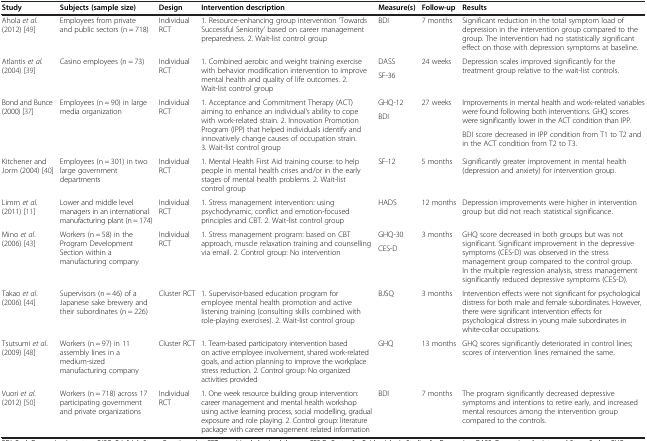
<table><thead><tr><td><b>Study</b></td><td><b>Subjects (sample size)</b></td><td><b>Design</b></td><td><b>Intervention description</b></td><td><b>Measure(s)</b></td><td><b>Follow-up</b></td><td><b>Results</b></td></tr></thead><tbody><tr><td>Ahola <i>et al.</i> (2012) [49]</td><td>Employees from private and public sectors (n = 718)</td><td>Individual RCT</td><td>1. Resource-enhancing group intervention ‘Towards Successful Seniority’ based on career management preparedness. 2. Wait-list control group</td><td>BDI</td><td>7 months</td><td>Significant reduction in the total symptom load of depression in the intervention group compared to the group. The intervention had no statistically significant effect on those with depression symptoms at baseline.</td></tr><tr><td rowspan="2">Atlantis <i>et al.</i> (2004) [39]</td><td rowspan="2">Casino employees (n = 73)</td><td rowspan="2">Individual RCT</td><td rowspan="2">1. Combined aerobic and weight training exercise with behavior modification intervention to improve mental health and quality of life outcomes. 2. Wait-list control group</td><td>DASS</td><td rowspan="2">24 weeks</td><td rowspan="2">Depression scales improved significantly for the treatment group relative to the wait-list controls.</td></tr><tr><td>SF-36</td></tr><tr><td rowspan="3">Bond and Bunce (2000) [37]</td><td rowspan="3">Employees (n = 90) in large media organization</td><td rowspan="3">Individual RCT</td><td rowspan="3">1. Acceptance and Commitment Therapy (ACT) aiming to enhance an individual’s ability to cope with work-related strain. 2. Innovation Promotion Program (IPP) that helped individuals identify and innovatively change causes of occupation strain. 3. Wait-list control group</td><td>GHQ-12</td><td rowspan="3">27 weeks</td><td rowspan="2">Improvements in mental health and work-related variables were found following both interventions. GHQ scores were significantly lower in the ACT condition than IPP.</td></tr><tr><td rowspan="2">BDI</td></tr><tr><td>BDI score decreased in IPP condition from T1 to T2 and in the ACT condition from T2 to T3.</td></tr><tr><td>Kitchener and Jorm (2004) [40]</td><td>Employees (n = 301) in two large government departments</td><td>Individual RCT</td><td>1. Mental Health First Aid training course: to help people in mental health crises and/or in the early stages of mental health problems. 2. Wait-list control group</td><td>SF-12</td><td>5 months</td><td>Significantly greater improvement in mental health (depression and anxiety) for intervention group.</td></tr><tr><td>Limm <i>et al</i>. (2011) [11]</td><td>Lower and middle level managers in an international manufacturing plant (n = 174)</td><td>Individual RCT</td><td>1. Stress management intervention: using psychodynamic, conflict and emotion-focused principles and CBT. 2. Wait-list control group</td><td>HADS</td><td>12 months</td><td>Depression improvements were higher in intervention group but did not reach statistical significance.</td></tr><tr><td rowspan="2">Mino <i>et al</i>. (2006) [43]</td><td rowspan="2">Workers (n = 58) in the Program Development Section within a manufacturing company</td><td rowspan="2">Individual RCT</td><td rowspan="2">1. Stress management program: based on CBT approach, muscle relaxation training and counselling via email. 2. Control group: No intervention</td><td>GHQ-30</td><td rowspan="2">3 months</td><td rowspan="2">GHQ score decreased in both groups but was not significant. Significant improvement in the depressive symptoms (CES-D) was observed in the stress management group compared to the control group. In the multiple regression analysis, stress management significantly reduced depressive symptoms (CES-D).</td></tr><tr><td>CES-D</td></tr><tr><td>Takao <i>et al</i>. (2006) [44]</td><td>Supervisors (n = 46) of a Japanese sake brewery and their subordinates (n = 226)</td><td>Cluster RCT</td><td>1. Supervisor-based education program for employee mental health promotion and active listening training (consulting skills combined with role-playing exercises). 2. Wait-list control group</td><td>BJSQ</td><td>3 months</td><td>Intervention effects were not significant for psychological distress for both male and female subordinates. However, there were significant intervention effects for psychological distress in young male subordinates in white-collar occupations.</td></tr><tr><td>Tsutsumi <i>et al</i>. (2009) [48]</td><td>Workers (n = 97) in 11 assembly lines in a medium-sized manufacturing company</td><td>Cluster RCT</td><td>1. Team-based participatory intervention based on active employee involvement, shared work-related goals, and action planning to improve the workplace stress reduction. 2. Control group: No organized activities provided</td><td>GHQ</td><td>13 months</td><td>GHQ scores significantly deteriorated in control lines; scores of intervention lines remained the same.</td></tr><tr><td>Vuori <i>et al</i>. (2012) [50]</td><td>Workers (n = 718) across 17 participating government and private organizations</td><td>Individual RCT</td><td>1. One week resource building group intervention: career management and mental health workshop using active learning process, social modelling, gradual exposure and role playing. 2. Control group: literature package with career management related information</td><td>BDI</td><td>7 months</td><td>The program significantly decreased depressive symptoms and intentions to retire early, and increased mental resources among the intervention group compared to the controls.</td></tr></tbody></table>